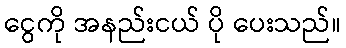
ငွေကို အနည်းငယ် ပို ပေးသည်။